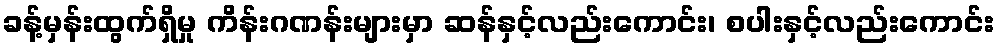
ခန့်မှန်းထွက်ရှိမှု ကိန်းဂဏန်းများမှာ ဆန်နှင့်လည်းကောင်း၊ စပါးနှင့်လည်းကောင်း